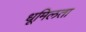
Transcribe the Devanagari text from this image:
धूमिलता